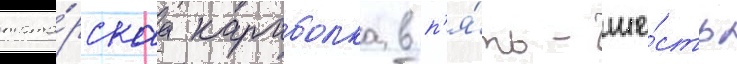
тата́рскаа караболка в п'я́ть-ше́сть